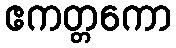
ဧကတ္တကော